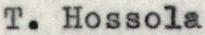
T. Hossola